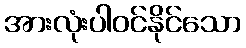
အားလုံးပါဝင်နိုင်သော